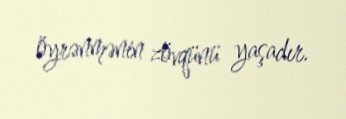
öyrənmənin zövqünü yaşadır.